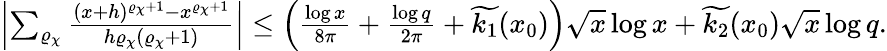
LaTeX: \begin{array}{r}{\left|\sum_{\varrho_{\chi}}\frac{(x+h)^{\varrho_{\chi}+1}-x^{\varrho_{\chi}+1}}{h\varrho_{\chi}(\varrho_{\chi}+1)}\right|\leq\left(\frac{\log{x}}{8\pi}+\frac{\log{q}}{2\pi}+\widetilde{k_{1}}(x_{0})\right)\sqrt{x}\log{x}+\widetilde{k_{2}}(x_{0})\sqrt{x}\log{q}.}\end{array}